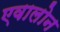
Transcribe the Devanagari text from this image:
एवालोन